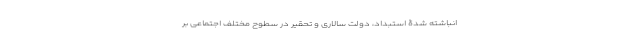
انباشته شدۀ استبداد، دولت سالاری و تحقیر در سطوح مختلفِ اجتماعی بر